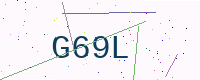
Text: G69L